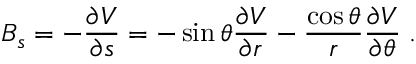
B _ { s } = - \frac { \partial V } { \partial s } = - \sin \theta \frac { \partial V } { \partial r } - \frac { \cos \theta } { r } \frac { \partial V } { \partial \theta } \; .